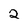
Character: 2